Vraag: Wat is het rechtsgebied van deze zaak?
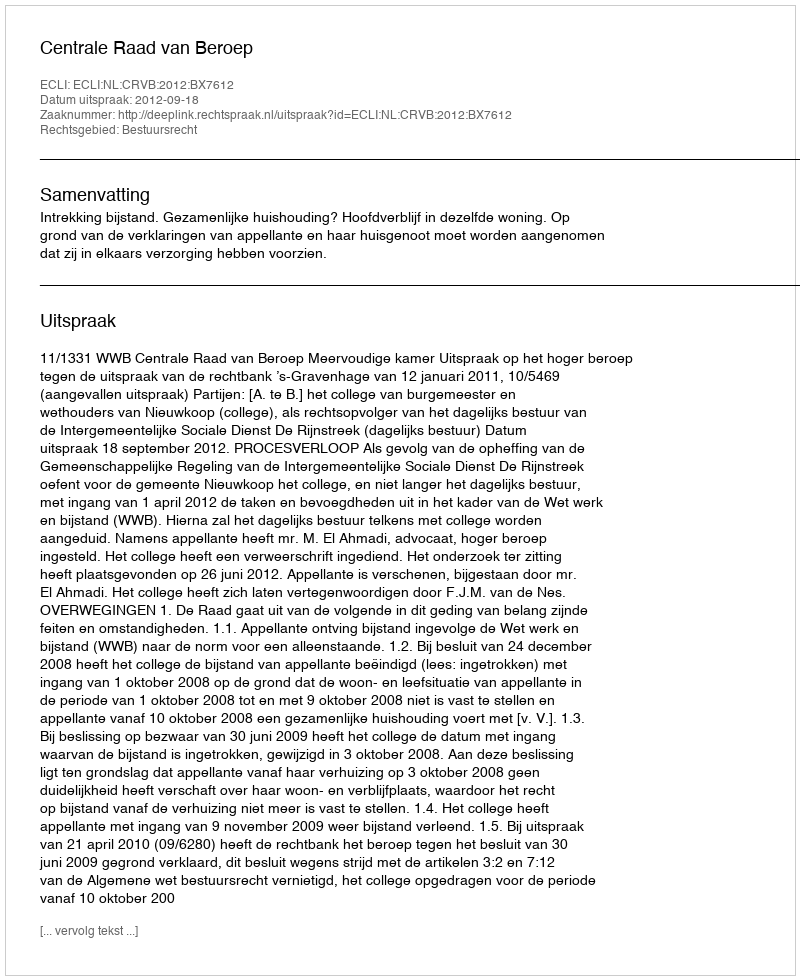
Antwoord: Bestuursrecht